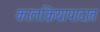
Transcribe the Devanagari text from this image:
कालक्रियापादात